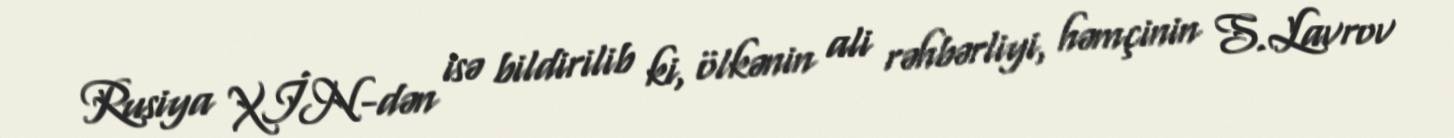
Rusiya XİN-dən isə bildirilib ki, ölkənin ali rəhbərliyi, həmçinin S.Lavrov